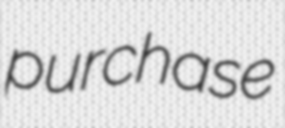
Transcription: purchase